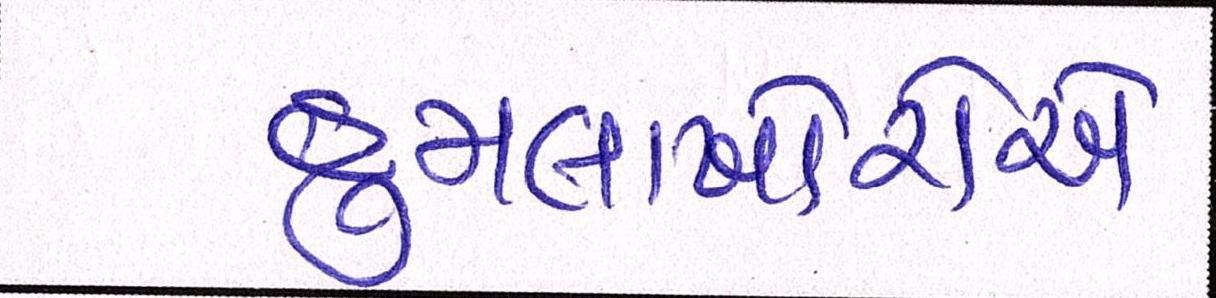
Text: હુમલાખોરોએ